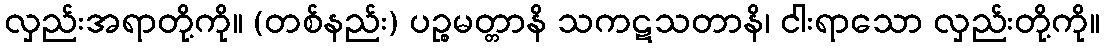
လှည်းအရာတို့ကို။ (တစ်နည်း) ပဉ္စမတ္တာနိ သကဋသတာနိ၊ ငါးရာသော လှည်းတို့ကို။